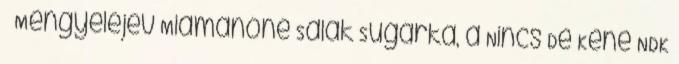
Mengyelejev Miamanóné Salak Sugárka, a Nincs De Kéne NDK